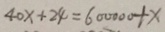
4 0 x + 2 4 = 6 0 0 0 0 0 + x